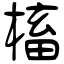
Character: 槒